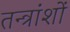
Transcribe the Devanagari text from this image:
तन्त्रांशों